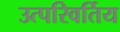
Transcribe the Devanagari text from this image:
उत्परिवर्तिय